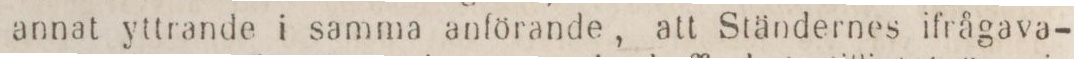
annat yttrande i samma anförande, att Ständernes ifrågava-